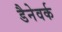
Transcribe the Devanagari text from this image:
डैनेवर्क